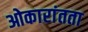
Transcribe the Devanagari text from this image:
ओकारांतता